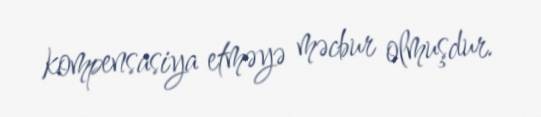
kompensasiya etməyə məcbur olmuşdur.